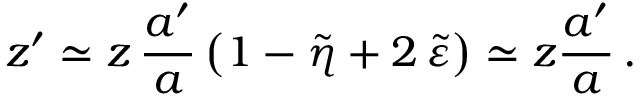
z ^ { \prime } \simeq z \, \frac { a ^ { \prime } } { a } \left( 1 - \tilde { \eta } + 2 \, \tilde { \varepsilon } \right) \simeq z \frac { a ^ { \prime } } { a } \, .